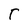
Character: T